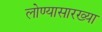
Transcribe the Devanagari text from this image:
लोण्यासारख्या